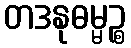
တဒနုဓမ္မဉ္စ